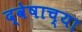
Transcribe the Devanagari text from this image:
द्वेषाच्या